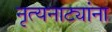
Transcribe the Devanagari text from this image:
नृत्यनाट्यांना